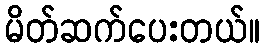
မိတ်ဆက်ပေးတယ်။